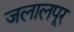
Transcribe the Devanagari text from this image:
जलालपूर